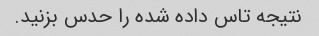
نتیجه تاس داده شده را حدس بزنید.